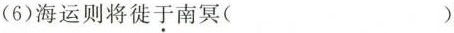
(6)海运则将徙于南冥( )